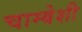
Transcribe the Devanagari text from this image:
चाम्बेशी